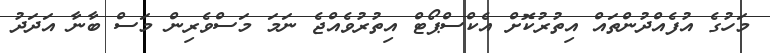
މަހުގެ އުފެއްދުންތައް އިތުރުކޮށް އެކްސްޕޯޓް އިތުރުވެއްޖެ ނަމަ މަސްވެރިން މަސް ބާނާ އަދަދު